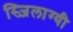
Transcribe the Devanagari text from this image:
स्ज़िलाग्यी